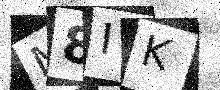
Text: M8IK